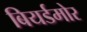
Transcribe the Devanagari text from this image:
बियर्डमोर